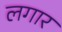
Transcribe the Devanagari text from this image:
लगार